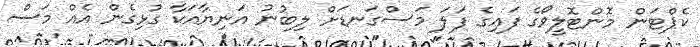
ކެޕްޓަން މޮންޓޮލީވޯގެ ފައިގެ ފަލަ މަސްގަނޑަށް ލިބުނު އަނިޔާއަކާ ގުޅިގެން އެއް މަސް